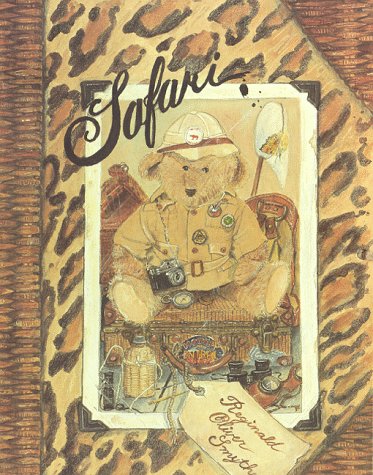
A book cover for SAFARI: My Trip to Africa; Reginald Oliver Smythe; Travel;